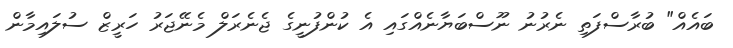
ބައެއް" ބުރާސްފަތި ނެރުނު ނޫސްބަޔާނެއްގައި އެ ކުންފުނީގެ ޖެނެރަލް މެނޭޖަރު ހަރީޒް ސުލައިމާން